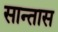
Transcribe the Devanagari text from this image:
सान्तास